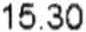
15.30